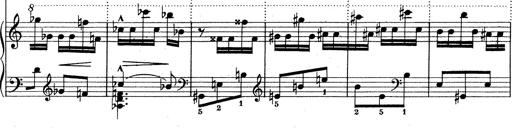
Title: Mephisto Waltz No.1
Composer: Franz Liszt